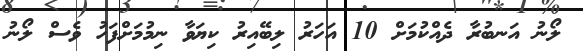
ލޯނު އަނބުރާ ދެއްކުމަށް 10 އަހަރު ލިބޭއިރު ކިޔަވާ ނިމުމަށްފަހު ވެސް ލޯނު